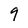
Character: 9